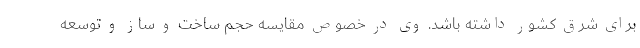
برای شرق کشور داشته باشد. وی در خصوص مقایسه حجم ساخت و ساز و توسعه